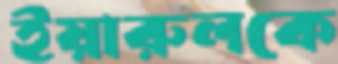
ইয়ারুলকে